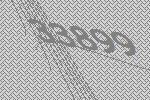
33899